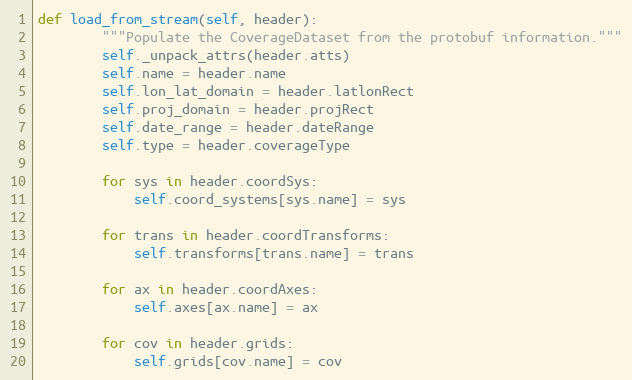
Language: Python
def load_from_stream(self, header):
        """Populate the CoverageDataset from the protobuf information."""
        self._unpack_attrs(header.atts)
        self.name = header.name
        self.lon_lat_domain = header.latlonRect
        self.proj_domain = header.projRect
        self.date_range = header.dateRange
        self.type = header.coverageType

        for sys in header.coordSys:
            self.coord_systems[sys.name] = sys

        for trans in header.coordTransforms:
            self.transforms[trans.name] = trans

        for ax in header.coordAxes:
            self.axes[ax.name] = ax

        for cov in header.grids:
            self.grids[cov.name] = cov